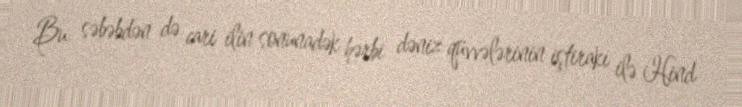
Bu səbəbdən də cari ilin sonunadək hərbi dəniz qüvvələrinin iştirakı ilə Hind